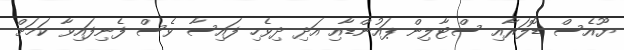
ޔޫއެސް ޑޮލަރާއި ސްޓާލިން ޕައުންޑާއި އަދި ދިވެހި ފައިސާ ވެސް ފެނިފައިވާ ކަމަށް